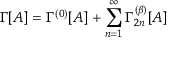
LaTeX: \Gamma [ A ] = \Gamma ^ { ( 0 ) } [ A ] + \sum _ { n = 1 } ^ { \infty } \Gamma _ { 2 n } ^ { ( \beta ) } [ A ]